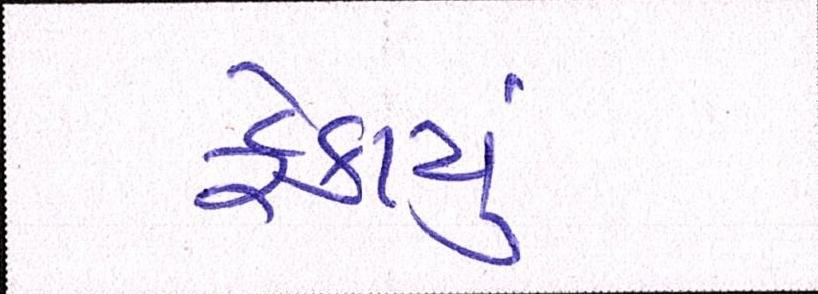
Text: ફેકાયું